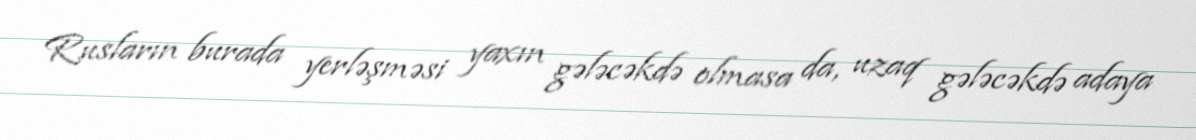
Rusların burada yerləşməsi yaxın gələcəkdə olmasa da, uzaq gələcəkdə adaya